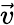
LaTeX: \vec{v}